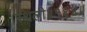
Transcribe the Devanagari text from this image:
स्थली॥१६४॥